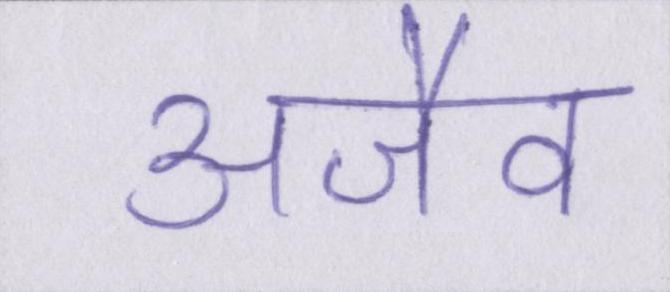
अजैव